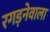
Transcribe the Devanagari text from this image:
रगड़नेवाला